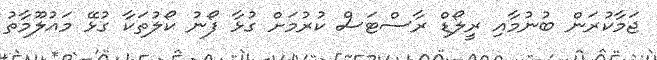
ޖަމާކުރަން ބުނުމާއި ރީލޯޑް ރާސްޓަސް ކުރުމަށް ގުޅާ ފޯނު ކޯލުތަކާ ގުޅޭ މައުލޫމާތު